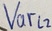
Text: Varl2